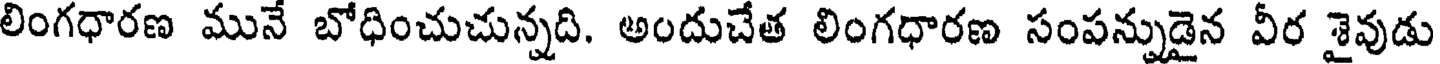
లింగధారణ మునే బోధించుచున్నది. అందుచేత లింగధారణ సంపన్నుడైన వీర శైవుడు